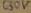
Text: 630V